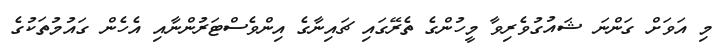
މި އަވަށް ގަންނަ ޝައުގުވެރިވާ މީހުންގެ ތެރޭގައި ޗައިނާގެ އިންވެސްޓަރުންނާއި އެހެން ގައުމުތަކުގެ